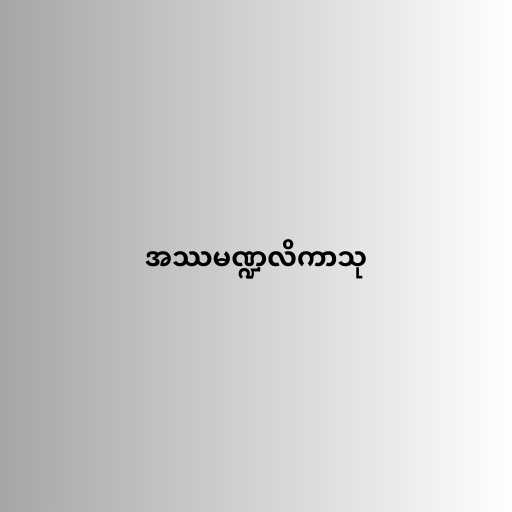
အဿမဏ္ဍလိကာသု